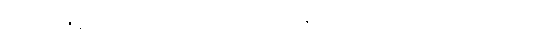
အတ္တဇေန၊ မိမိ၌ဖြစ်သော။ ဝါယာမေန၊ လုံ့လဖြင့်။ ဘေရိံ၊ စည်ကို။